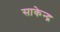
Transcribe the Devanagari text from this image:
साकेन्द्र